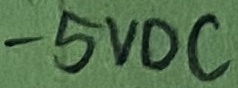
Text: -5VDC